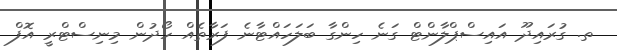
ތ. ގުރައިދޫ އައިސްޕްލާންޓް ގަނެ ހިންގާ ބަލަހައްޓާނެ ފަރާތެއް ހޯދުން މިނިސްޓްރީ އޮފް